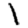
Digit: 1